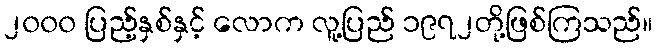
၂၀၀၀ ပြည့်နှစ်နှင့် လောက လူ့ပြည် ၁၉၇၂တို့ဖြစ်ကြသည်။